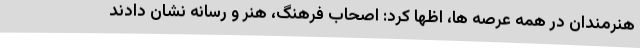
هنرمندان در همه عرصه ها، اظها کرد: اصحاب فرهنگ، هنر و رسانه نشان دادند